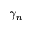
\gamma _ { n }